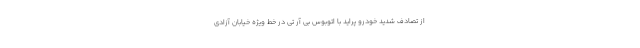
از تصادف شدید خودرو پراید با اتوبوس بی آر تی در خط ویژه خیابان آزادی